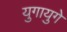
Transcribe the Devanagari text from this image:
युगायुगे